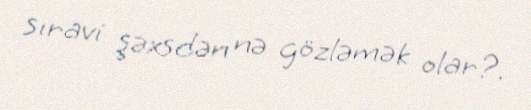
sıravi şəxsdən nə gözləmək olar?.